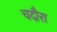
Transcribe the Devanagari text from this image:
चदौरा